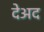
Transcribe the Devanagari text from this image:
देअद